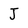
Character: J